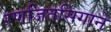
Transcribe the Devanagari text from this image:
रणजितसिंगाने